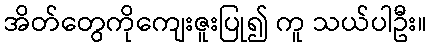
အိတ်တွေကိုကျေးဇူးပြု၍ ကူ သယ်ပါဦး။